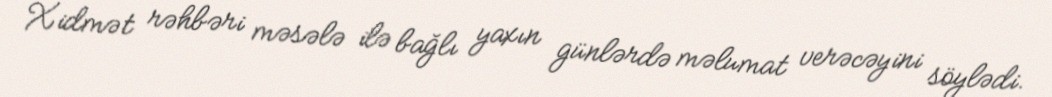
Xidmət rəhbəri məsələ ilə bağlı yaxın günlərdə məlumat verəcəyini söylədi.